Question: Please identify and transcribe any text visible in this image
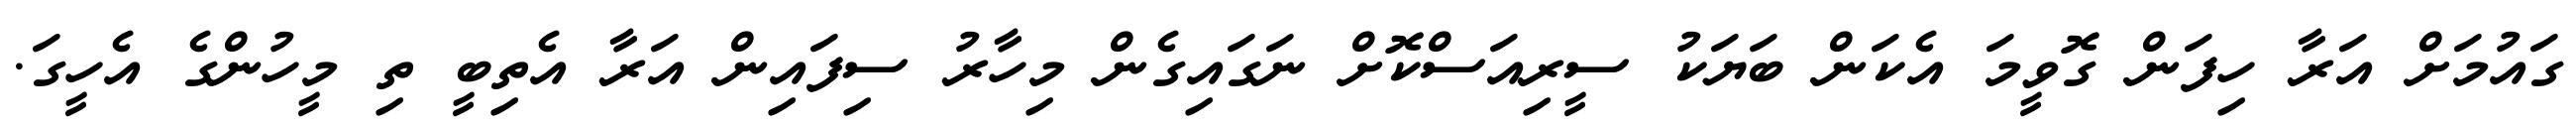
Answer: ގައުމަށް އަރާ ހިފަން ގޮވީމަ އެކަން ބަޔަކު ސީރިއަސްކޮށް ނަގައިގެން މިހާރު ސިފައިން އަރާ އެތިބީ ތި މީހުންގެ އެހީގަ.